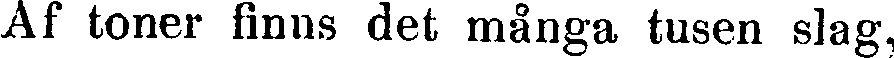
Af toner finns det många tusen slag.